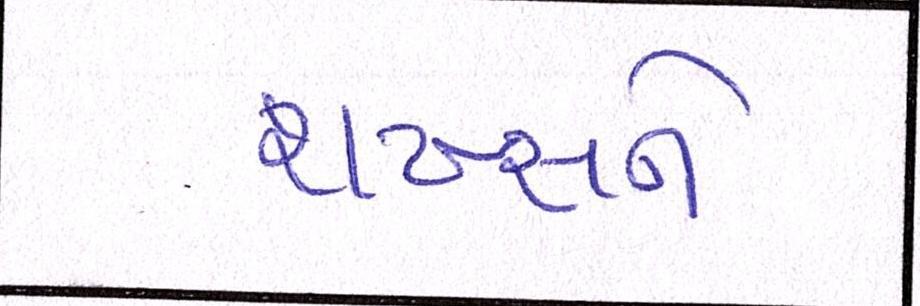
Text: શખ્સને